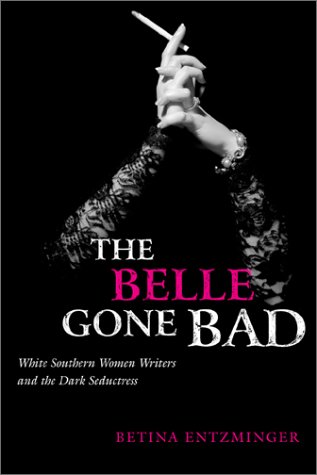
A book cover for The Belle Gone Bad: White Southern Women Writers and the Dark Seductress (Southern Literary Studies); Betina Entzminger; Literature & Fiction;